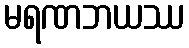
မရဏဘယဿ